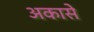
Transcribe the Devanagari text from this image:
अकासे